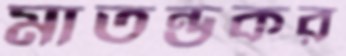
মাতন্ডকর